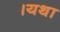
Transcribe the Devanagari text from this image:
।यथा